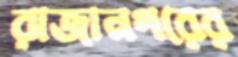
রাজানগরের